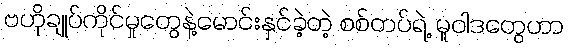
ဗဟိုချုပ်ကိုင်မှုတွေနဲ့မောင်းနှင်ခဲ့တဲ့ စစ်တပ်ရဲ့ မူဝါဒတွေဟာ